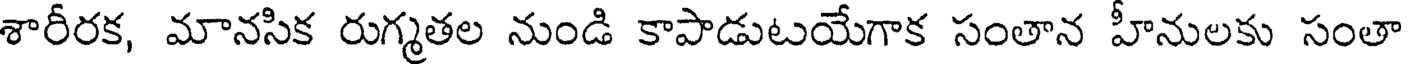
శారీరక, మానసిక రుగ్మతల నుండి కాపాడుటయేగాక సంతాన హీనులకు సంతా